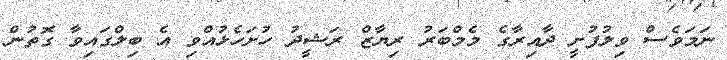
ނަމަވެސް ވިލުފުށީ ދާއިރާގެ މެމްބަރު ރިޔާޒް ރަޝީދު ހުށަހެޅުއްވި އެ ބިލްގައިވާ ގޮތުން